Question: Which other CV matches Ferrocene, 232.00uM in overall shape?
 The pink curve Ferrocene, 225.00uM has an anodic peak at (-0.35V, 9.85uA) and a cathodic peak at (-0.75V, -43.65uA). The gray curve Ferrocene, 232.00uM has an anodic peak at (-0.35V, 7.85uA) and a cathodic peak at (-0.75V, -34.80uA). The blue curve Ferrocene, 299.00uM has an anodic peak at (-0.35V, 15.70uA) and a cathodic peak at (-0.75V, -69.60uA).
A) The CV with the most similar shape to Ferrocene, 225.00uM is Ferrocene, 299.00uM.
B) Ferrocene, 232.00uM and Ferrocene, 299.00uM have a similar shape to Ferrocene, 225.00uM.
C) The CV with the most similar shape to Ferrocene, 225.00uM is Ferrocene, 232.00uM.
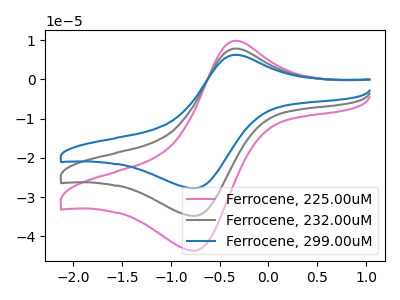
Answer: <think>All the peaks in "Ferrocene, 225.00uM" have a peak in "Ferrocene, 232.00uM" at the same potential. Every peak in "Ferrocene, 225.00uM" is higher than every peak in "Ferrocene, 232.00uM". All the peaks in "Ferrocene, 225.00uM" have a peak in "Ferrocene, 299.00uM" at the same potential. Every peak in "Ferrocene, 225.00uM" is lower than every peak in "Ferrocene, 299.00uM". All the peaks in "Ferrocene, 232.00uM" have a peak in "Ferrocene, 299.00uM" at the same potential. Every peak in "Ferrocene, 232.00uM" is lower than every peak in "Ferrocene, 299.00uM".
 </think>
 <answer>B) "Ferrocene, 232.00uM" and "Ferrocene, 299.00uM" have a similar shape to "Ferrocene, 225.00uM".</answer>
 <eval>B</eval>